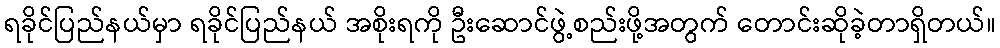
ရခိုင်ပြည်နယ်မှာ ရခိုင်ပြည်နယ် အစိုးရကို ဦးဆောင်ဖွဲ့စည်းဖို့အတွက် တောင်းဆိုခဲ့တာရှိတယ်။